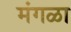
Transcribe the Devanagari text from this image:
मंगळा